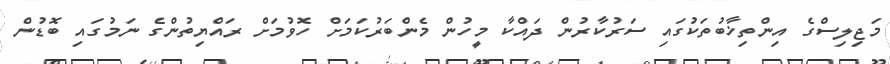
މަޖިލިސްގެ އިންތިޚާބުތަކުގައި ސަރުކާރުން ދައްކާ މީހުން މެންބަރުކަމަށް ހޮވުމަށް ރައްޔިތުންގެ ނަމުގައި ބޮޑުން